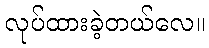
လုပ်ထားခဲ့တယ်လေ။